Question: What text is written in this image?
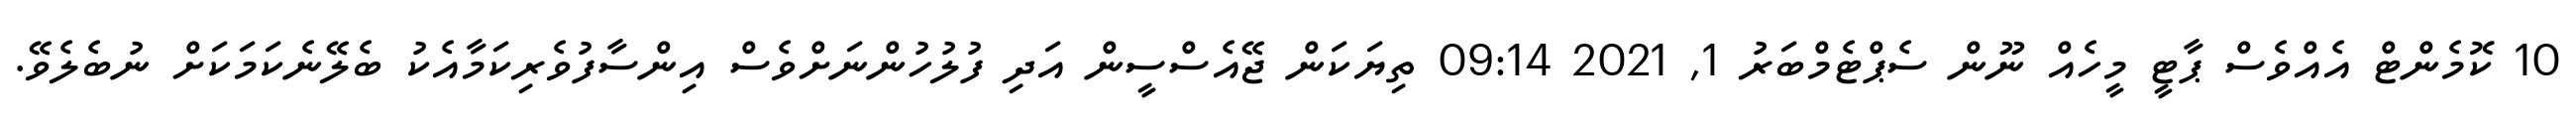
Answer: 10 ކޮމެންޓް އެއްވެސް ޕާޓީ މީހެއް ނޫން ސެޕްޓެމްބަރު 1, 2021 09:14 ތިޔަކަން ޖޭއެސްސީން އަދި ފުލުހުންނަށްވެސް އިންސާފުވެރިކަމާއެކު ބެލޭނެކަމަކަށް ނުބެލެވޭ.